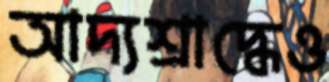
আদ্যশ্রাদ্ধেও